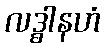
လဒ္ဓါနဟံ